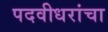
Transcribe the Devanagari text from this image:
पदवीधरांचा